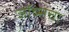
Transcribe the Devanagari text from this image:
जॉब्सचा